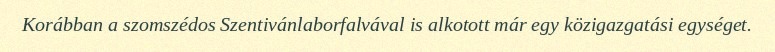
Korábban a szomszédos Szentivánlaborfalvával is alkotott már egy közigazgatási egységet.